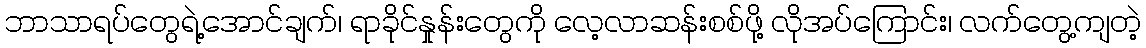
ဘာသာရပ်တွေရဲ့အောင်ချက်၊ ရာခိုင်နှုန်းတွေကို လေ့လာဆန်းစစ်ဖို့ လိုအပ်ကြောင်း၊ လက်တွေ့ကျတဲ့